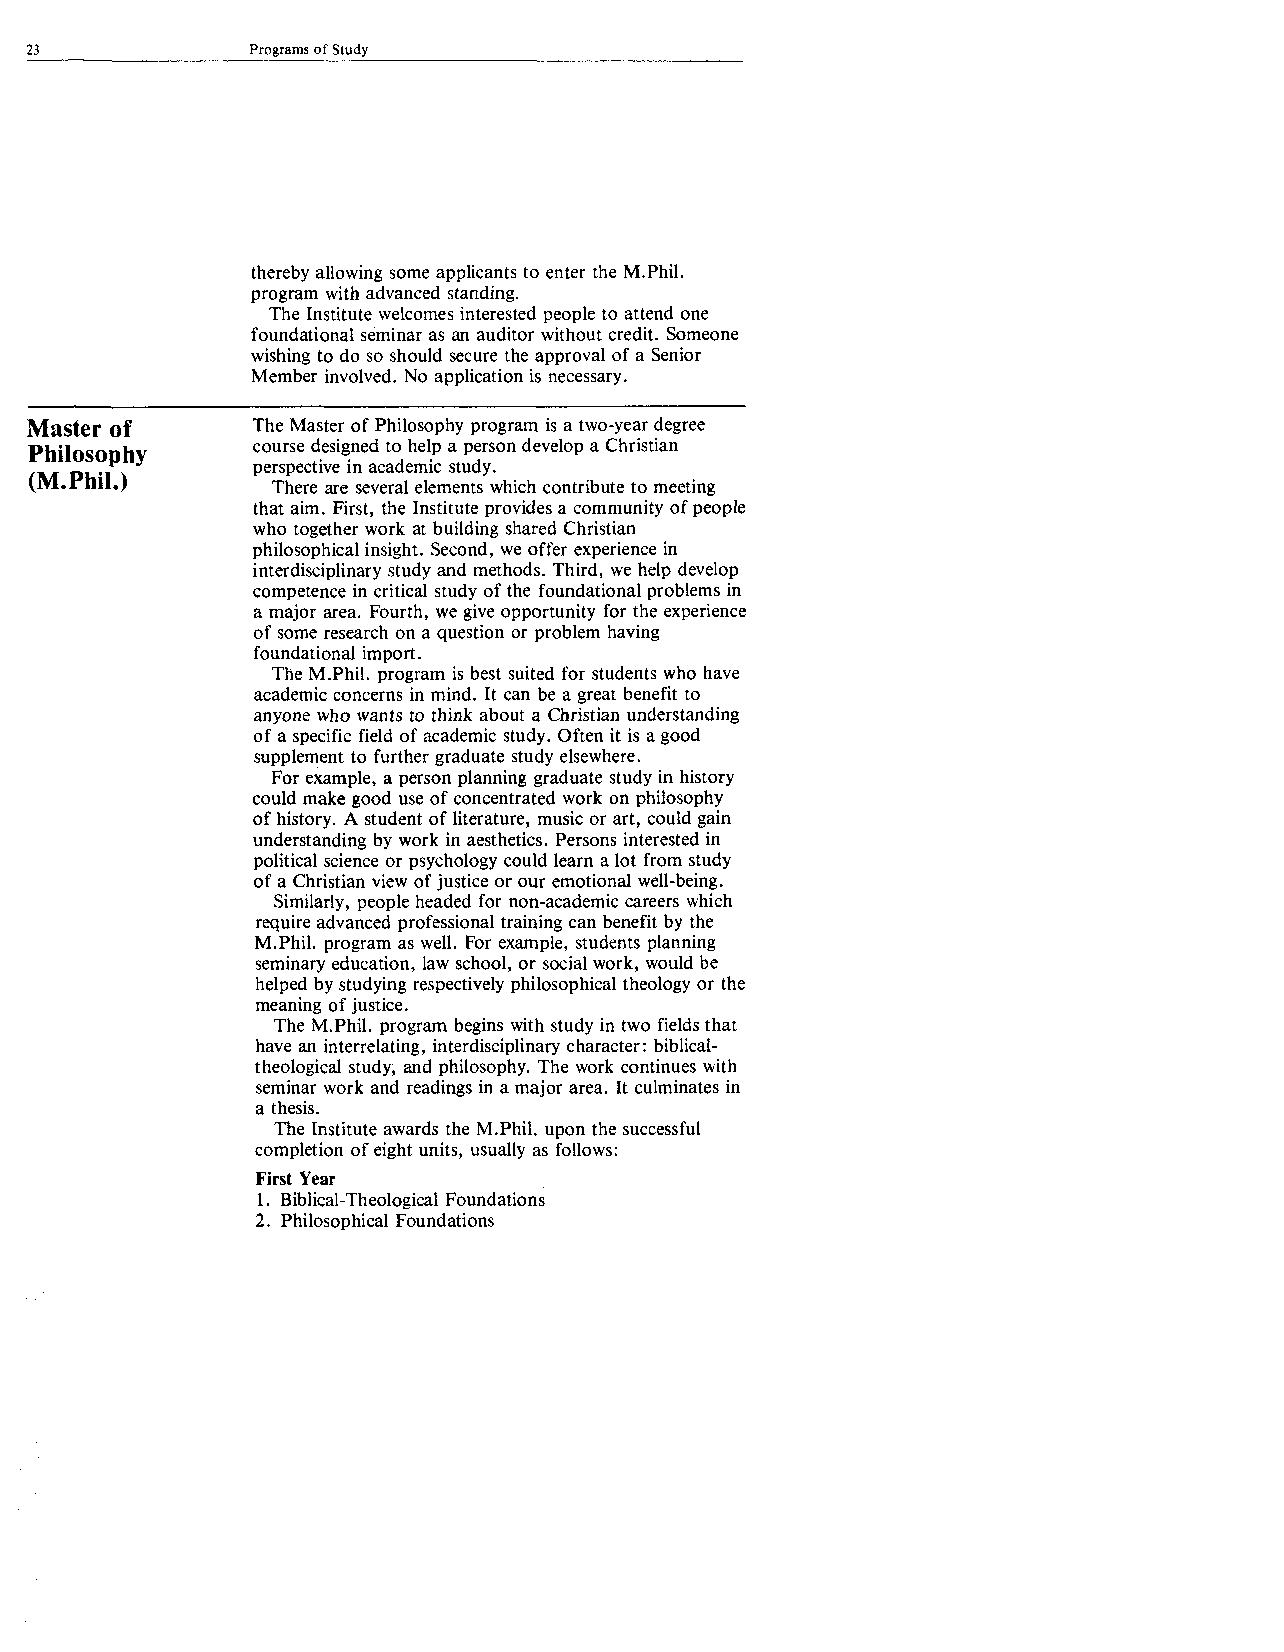
23             Programs of Study
 thereby allowing some applicants to enter the M.Phil.
 program with advanced standing.
 The Institute welcomes interested people to attend one
 foundational seminar as an auditor without credit. Someone
 wishing to do so should secure the approval of a Senior
 Member involved. No application is necessary.
 Master of      The Master of Philosophy program is a two-year degree
 course designed to help a person develop a Christian
 Philosophy
 perspective in academic study.
 (M.Phil.)
 There are several elements which contribute to meeting
 that aim. First, the Institute provides a community of people
 who together work at building shared Christian
 philosophical insight. Second, we offer experience in
 interdisciplinary study and methods. Third, we help develop
 competence in critical study of the foundational problems in
 a major area. Fourth, we give opportunity for the experience
 of some research on a question or problem having
 foundational import.
 The M.Phil. program is best suited for students who have
 academic concerns in mind. It can be a great benefit to
 anyone who wants to think about a Christian understanding
 of a specific field of academic study. Often it is a good
 supplement to further graduate study elsewhere.
 For example, a person planning graduate study in history
 could make good use of concentrated work on philosophy
 of history. A student of literature, music or art, could gain
 understanding by work in aesthetics. Persons interested in
 political science or psychology could learn a lot from study
 of a Christian view of justice or our emotional well-being.
 Similarly, people headed for non-academic careers which
 require advanced professional training can benefit by the
 M.Phil. program as well. For example, students planning
 seminary education, law school, or social work, would be
 helped by studying respectively philosophical theology or the
 meaning of justice.
 The M.Phil. program begins with study in two fields that
 have an interrelating, interdisciplinary character: biblical-
 theological study, and philosophy. The work continues with
 seminar work and readings in a major area. It culminates in
 a thesis.
 The Institute awards the M.Phil. upon the successful
 completion of eight units, usually as follows:
 First Year
 1. Biblical-Theological Foundations
 2. Philosophical Foundations